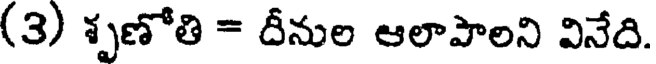
(3) శృణోతి = దీనుల ఆలాపాలని వినేది.